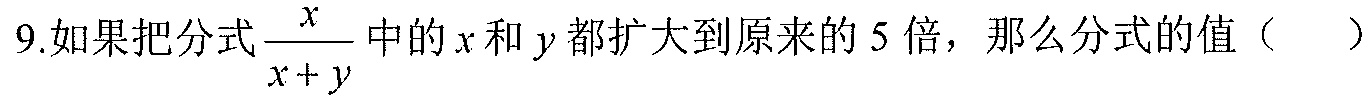
9.如果把分式\(\frac{x}{x + y}\)中的\(x\)和\(y\)都扩大到原来的\(5\)倍，那么分式的值（  ）